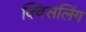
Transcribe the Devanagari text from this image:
क्विसलिंग